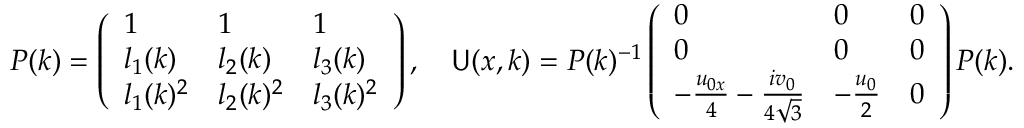
\begin{array} { r } { P ( k ) = \left( \begin{array} { l l l } { 1 } & { 1 } & { 1 } \\ { l _ { 1 } ( k ) } & { l _ { 2 } ( k ) } & { l _ { 3 } ( k ) } \\ { l _ { 1 } ( k ) ^ { 2 } } & { l _ { 2 } ( k ) ^ { 2 } } & { l _ { 3 } ( k ) ^ { 2 } } \end{array} \right) , \quad \mathsf { U } ( x , k ) = P ( k ) ^ { - 1 } \left( \begin{array} { l l l } { 0 } & { 0 } & { 0 } \\ { 0 } & { 0 } & { 0 } \\ { - \frac { u _ { 0 x } } { 4 } - \frac { i v _ { 0 } } { 4 \sqrt { 3 } } } & { - \frac { u _ { 0 } } { 2 } } & { 0 } \end{array} \right) P ( k ) . } \end{array}